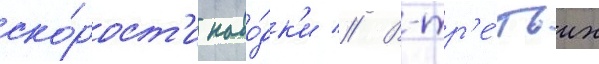
ско́рост'и наво́дк'и // В-тр'е́тьих